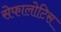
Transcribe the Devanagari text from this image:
सेफालोटिस